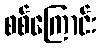
စစ်ကြောင်း